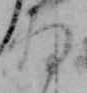
将